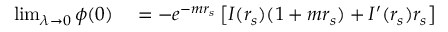
\begin{array} { r l } { \operatorname* { l i m } _ { \lambda \to 0 } \phi ( 0 ) } & { { } = - e ^ { - m r _ { s } } \left[ I ( r _ { s } ) ( 1 + m r _ { s } ) + I ^ { \prime } ( r _ { s } ) r _ { s } \right] } \end{array}